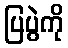
ပြပွဲကို